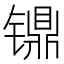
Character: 𰾸